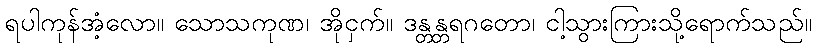
ရပါကုန်အံ့လော။ သောသကုဏ၊ အိုငှက်။ ဒန္တန္တရဂတော၊ ငါ့သွားကြားသို့ရောက်သည်။